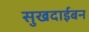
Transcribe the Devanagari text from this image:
सुखदाईबन